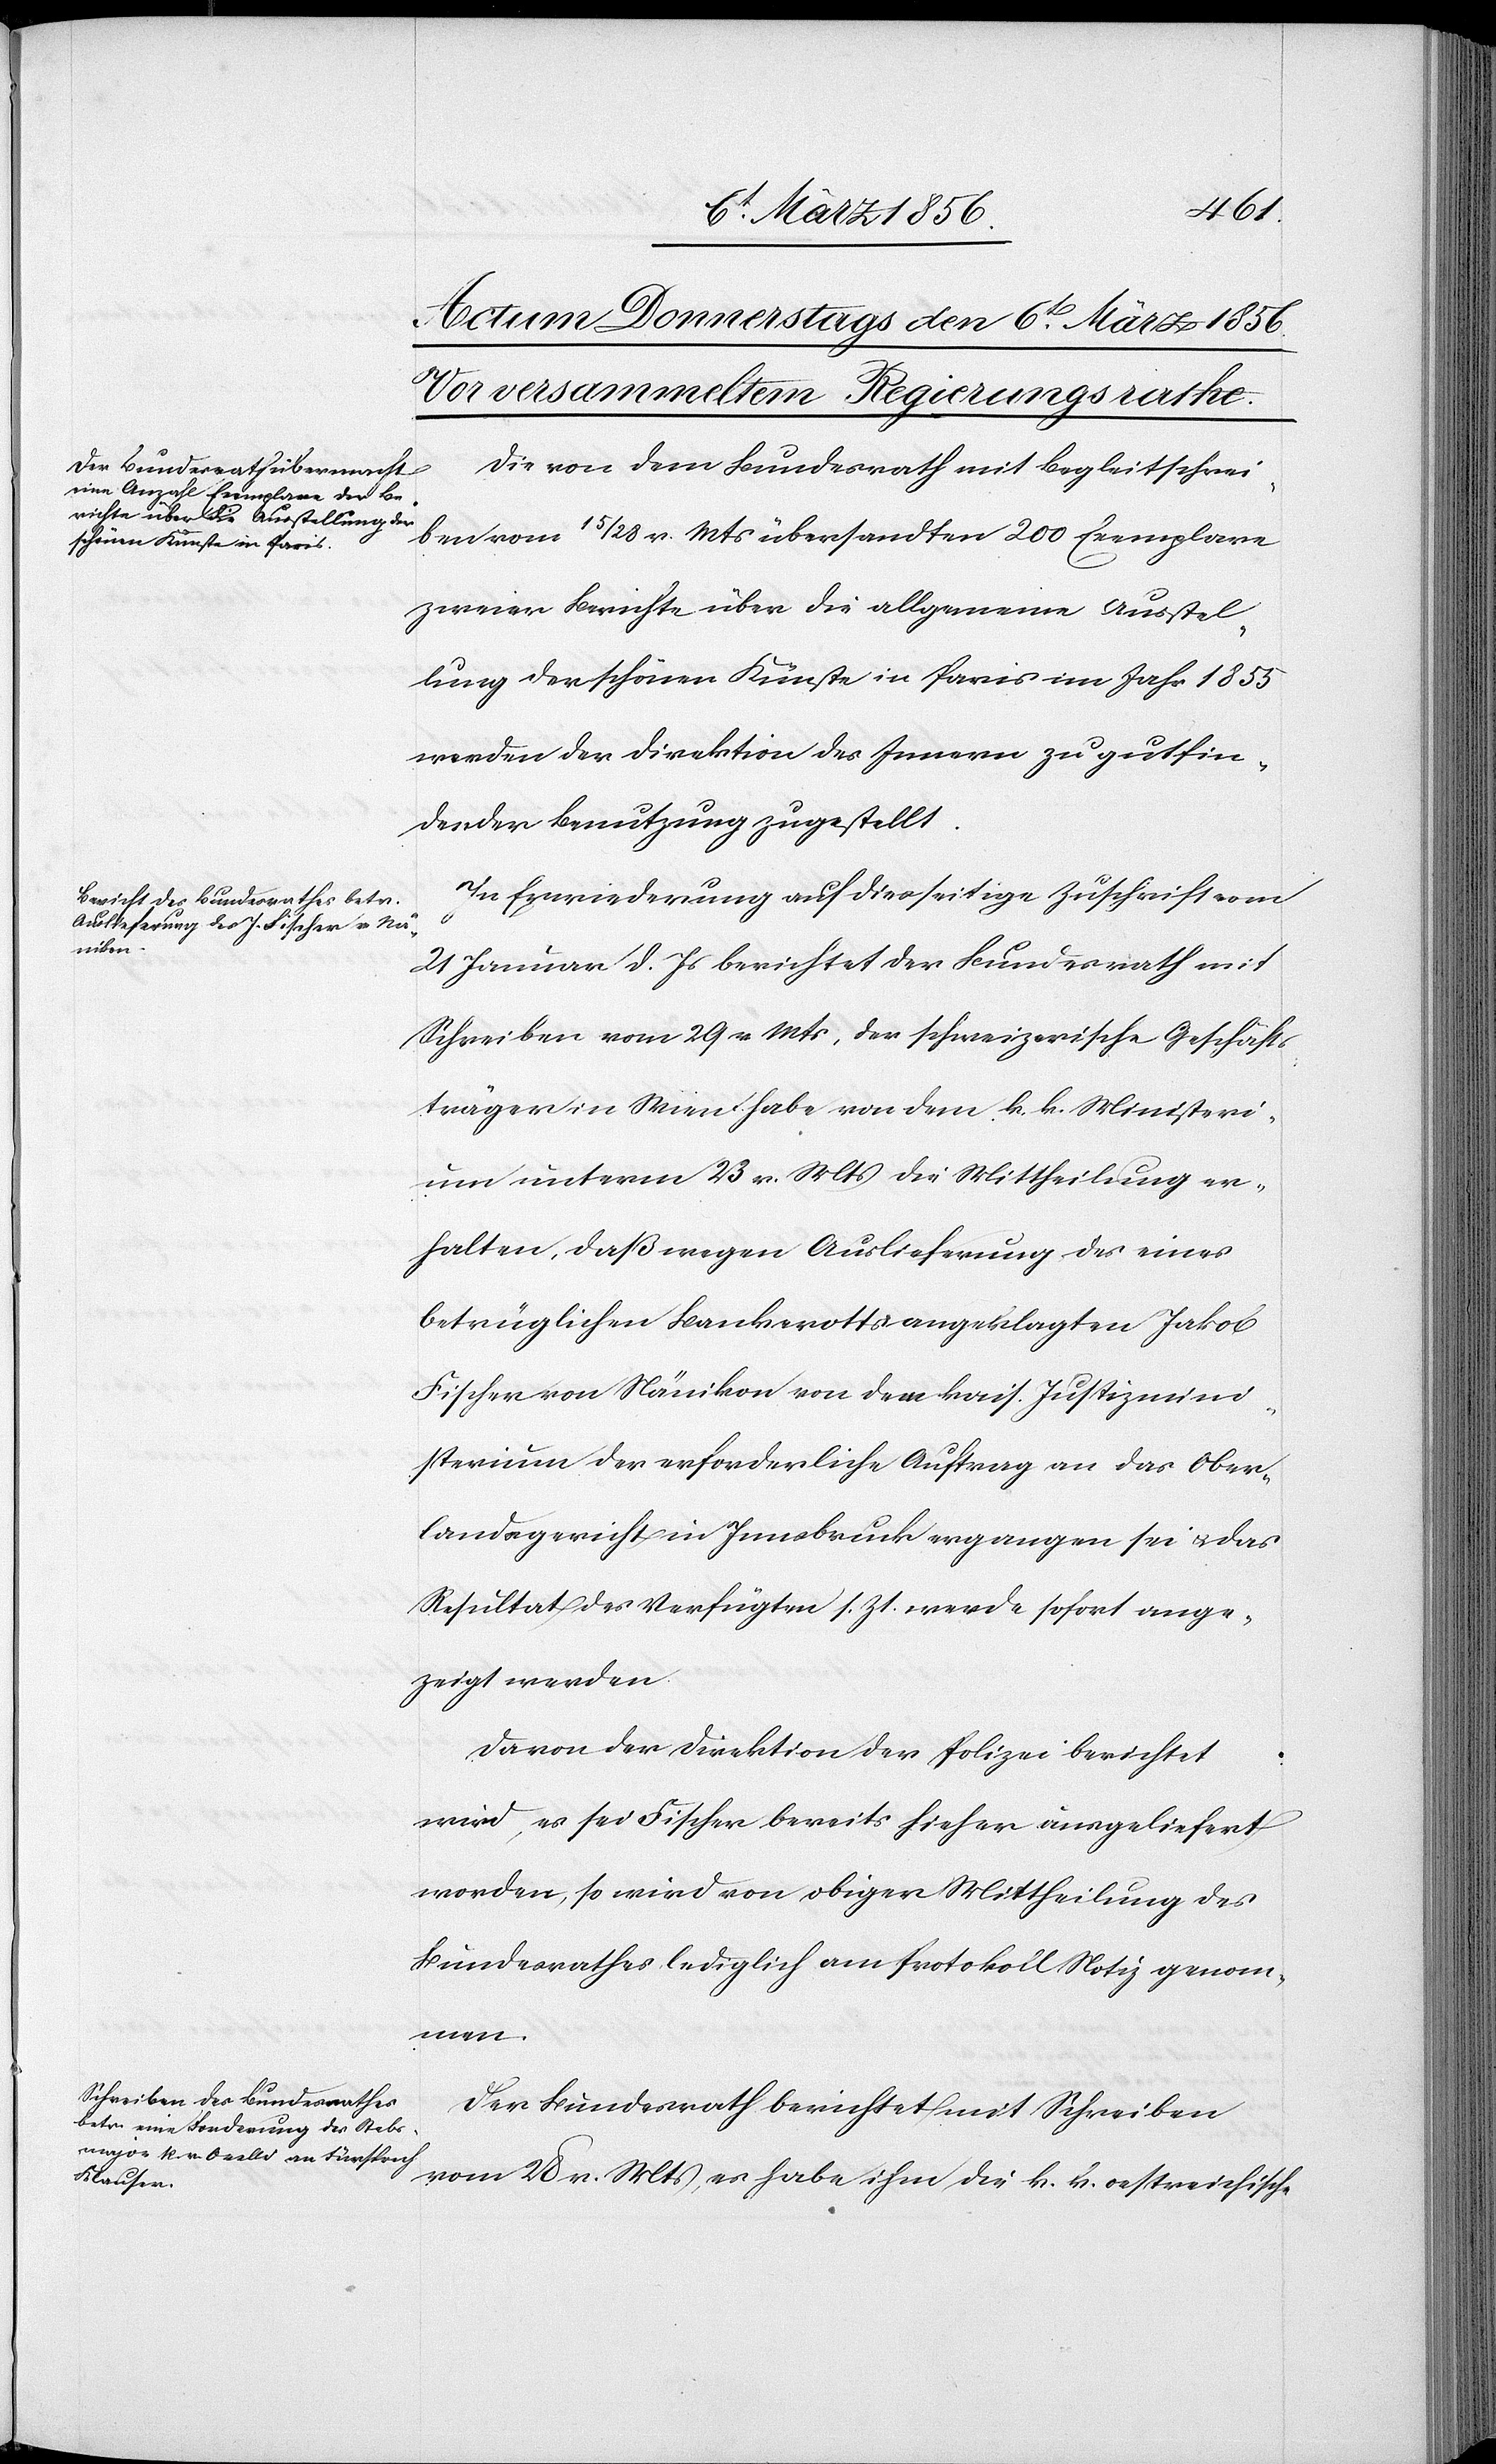
Die von dem Bundesrath mit Begleitschrei¬
ben vom 15/28 v. Mts übersandten 200 Exemplare
zweier Berichte über die allgemeine Ausstel¬
lung der schönen Künste in Paris im Jahr 1855
werden der Direktion des Innern zu gutfin¬
dender Benutzung zugestellt.
In Erwiederung auf diesseitige Zuschrift vom
21 Januar d. Js berichtet der Bundesrath mit
Schreiben vom 29 v. Mts, der schweizerische Geschäfts¬
träger in Wien habe von dem k. k. Ministeri¬
um unterm 23 v. Mts die Mittheilung er¬
halten, daß wegen Auslieferung des eines
betrüglichen Bankerottsangeklagten Jakob
Fischer von Nänikon von dem kais. Justizmini¬
sterium der erforderliche Auftrag an das Ober¬
landsgericht in Innsbruck ergangen sei u. das
Resultat des Verfügten s. Zt. werde sofort ange¬
zeigt werden.
Da von] der Direktion der Polizei berichtet
wird, es sei Fischer bereits hieher ausgeliefert
worden, so wird von obiger Mittheilung des
Bundesrathes lediglich am Protokoll Notiz genom¬
men.
Der Bundesrath berichtet mit Schreiben
vom 28 v. Mts, es habe ihm die k. k. oestreichische